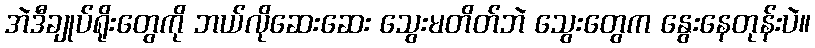
အဲဒီချုပ်ရိုးတွေကို ဘယ်လိုဆေးဆေး သွေးမတိတ်ဘဲ သွေးတွေက နွေးနေတုန်းပဲ။